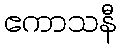
ဧကာသနီ